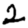
Digit: 2